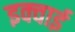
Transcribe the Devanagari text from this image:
इक्वाई